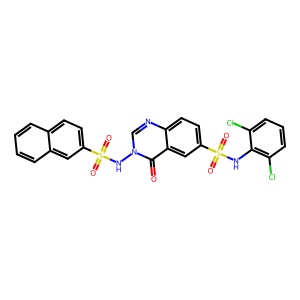
SMILES: O=c1c2cc(S(=O)(=O)Nc3c(Cl)cccc3Cl)ccc2ncn1NS(=O)(=O)c1ccc2ccccc2c1
Inhibits HIV replication: No